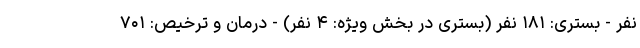
نفر - بستری: ۱۸۱ نفر (بستری در بخش ویژه: ۴ نفر) - درمان و ترخیص: ۷۰۱